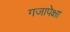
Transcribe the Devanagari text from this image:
गजापेक्षा